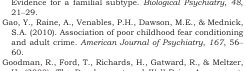
<table><thead><tr><td></td><td><b>Met/Met</b></td><td><b>Val/Val &amp;Val/Met</b></td><td><b><i>p</i></b></td></tr></thead><tbody><tr><td>IQ</td><td>85.9 (9.3)</td><td>88.1 (10.0)</td><td>.16</td></tr><tr><td>Age</td><td>14.4 (1.7)</td><td>13.7 (1.8)</td><td>.02</td></tr><tr><td>ADHD symptom severity</td><td>12.9 (4.0)</td><td>12.3 (4.9)</td><td>.43</td></tr><tr><td>SDQa Anxiety symptoms</td><td>4.8 (2.9)</td><td>5.0 (2.7)</td><td>.74</td></tr></tbody></table>